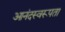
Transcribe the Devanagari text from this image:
आनंदस्वरूपता